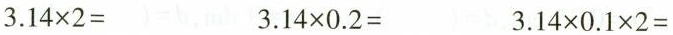
$$3.14 \times 2=$$ $$3.14 \times 0.2=$$ $$3.14 \times 0.1 \times 2=$$